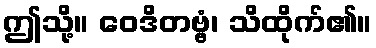
ဤသို့။ ဝေဒိတဗ္ဗံ၊ သိထိုက်၏။